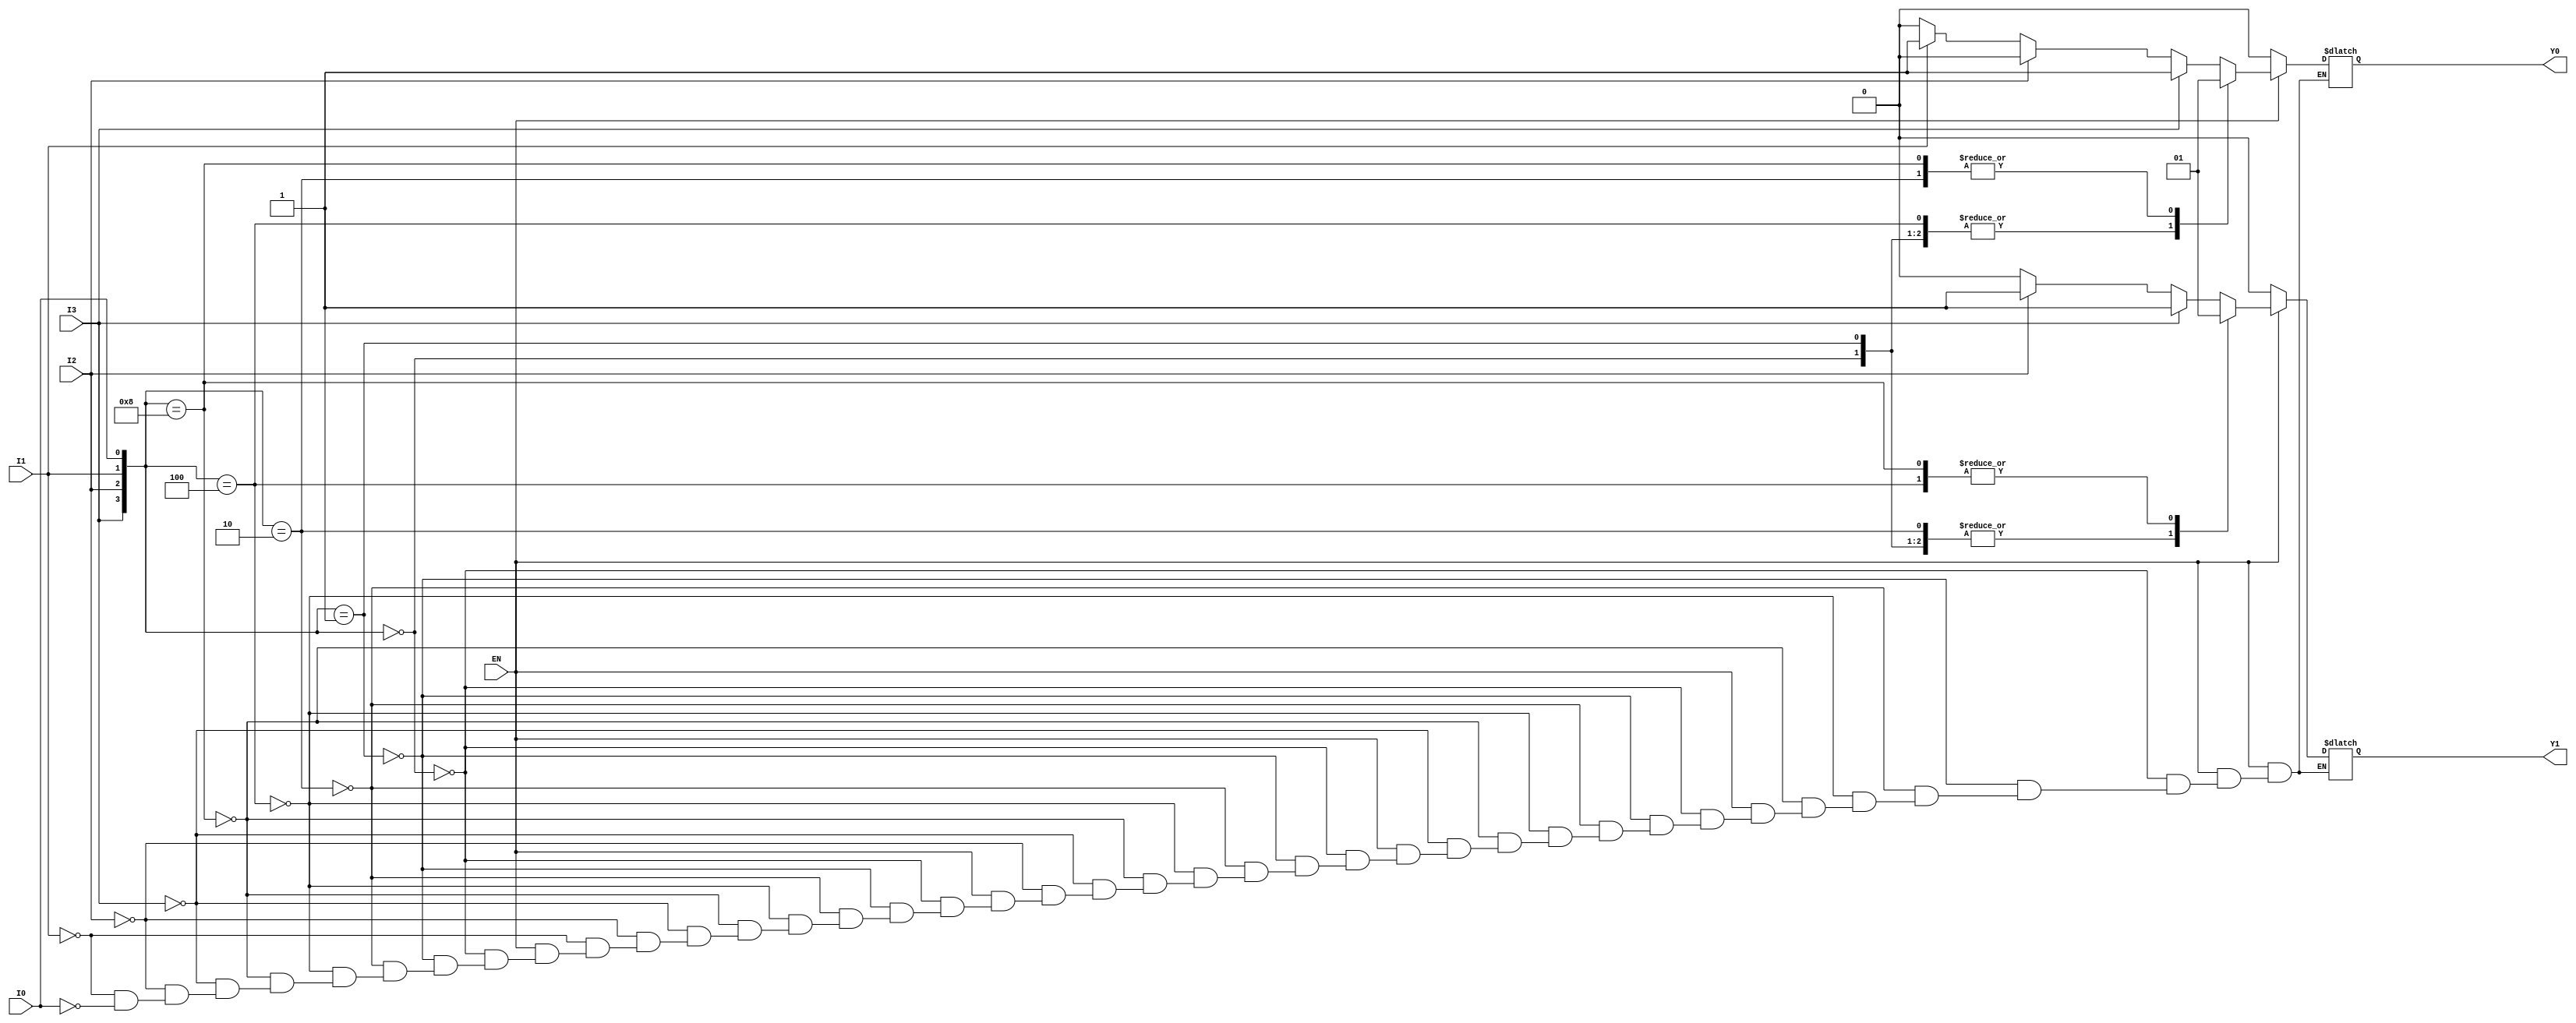
module encoder_4to2 (
    input wire I0,   // Input 0
    input wire I1,   // Input 1
    input wire I2,   // Input 2
    input wire I3,   // Input 3
    input wire EN,   // Enable signal
    output reg Y0,   // Output 0
    output reg Y1    // Output 1
);

    always @(*) begin
        if (!EN) begin
            // If the enable signal is low, set outputs to 0
            Y0 = 0;
            Y1 = 0;
        end else begin
            // Encoder logic with priority
            case ({I3, I2, I1, I0})
                4'b0000: begin
                    Y0 = 0;
                    Y1 = 0; // No active input
                end
                4'b0001: begin
                    Y0 = 0;
                    Y1 = 0; // Output: 00
                end
                4'b0010: begin
                    Y0 = 1;
                    Y1 = 0; // Output: 01
                end
                4'b0100: begin
                    Y0 = 0;
                    Y1 = 1; // Output: 10
                end
                4'b1000: begin
                    Y0 = 1;
                    Y1 = 1; // Output: 11
                end
                // Handle cases with multiple active inputs, prioritizing the highest
                default: begin
                    if (I3) begin
                        Y0 = 1;
                        Y1 = 1; // Output: 11
                    end else if (I2) begin
                        Y0 = 0;
                        Y1 = 1; // Output: 10
                    end else if (I1) begin
                        Y0 = 1;
                        Y1 = 0; // Output: 01
                    end else if (I0) begin
                        Y0 = 0;
                        Y1 = 0; // Output: 00
                    end
                end
            endcase
        end
    end
endmodule